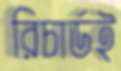
রিচার্ডই